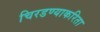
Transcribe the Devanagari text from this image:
चिरडण्याकरिता